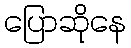
ပြောဆိုနေ